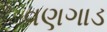
વણગાડ